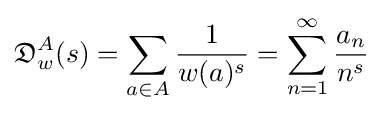
{\mathfrak {D}}_{w}^{A}(s)=\sum _{a\in A}{\frac {1}{w(a)^{s}}}=\sum _{n=1}^{\infty }{\frac {a_{n}}{n^{s}}}